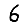
Digit: 6